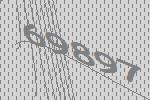
69897